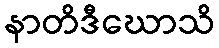
နာတိဒီဃောသိ